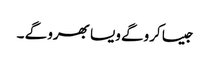
جیسا کروگے ویسا بھرو گے ۔